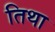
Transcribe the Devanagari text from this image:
तिथा